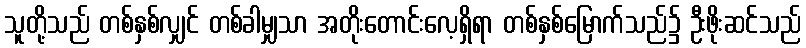
သူတို့သည် တစ်နှစ်လျှင် တစ်ခါမျှသာ အတိုးတောင်းလေ့ရှိရာ တစ်နှစ်မြောက်သည်၌ ဦးဖိုးဆင်သည်